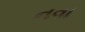
નવા